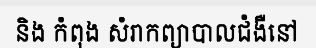
និង កំពុង សំរាកព្យាបាលជំងឺនៅ